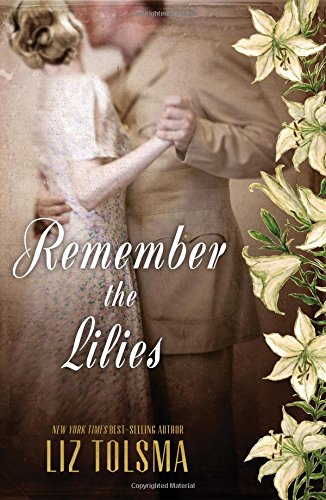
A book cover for Remember the Lilies; Liz Tolsma; Romance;